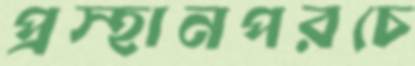
প্রস্হানপরচে